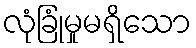
လုံခြုံမှုမရှိသော